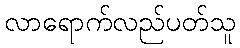
လာရောက်လည်ပတ်သူ